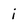
Character: i